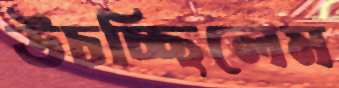
উচচ্ছিলেম